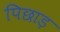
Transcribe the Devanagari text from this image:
पिछाड़